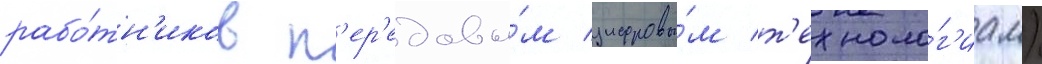
рабо́тн'иков п'ер'едовы́м цифровы́м т'ехноло́г'иам)